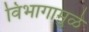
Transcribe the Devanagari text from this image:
विभागामुळे